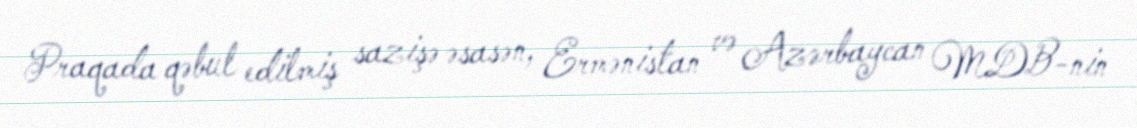
Praqada qəbul edilmiş sazişə əsasən, Ermənistan və Azərbaycan MDB-nin